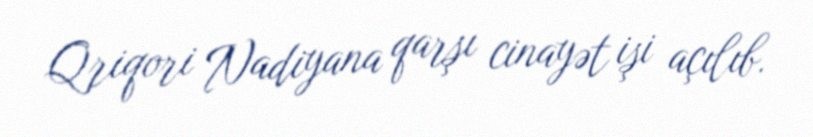
Qriqori Nadiyana qarşı cinayət işi açılıb.